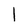
Character: l